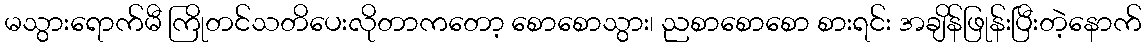
မသွားရောက်မီ ကြိုတင်သတိပေးလိုတာကတော့ စောစောသွား၊ ညစာစောစော စားရင်း အချိန်ဖြုန်းပြီးတဲ့နောက်